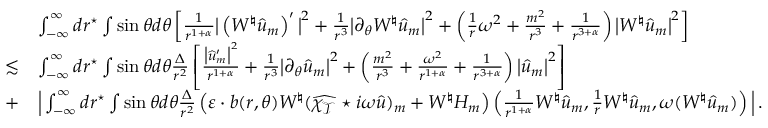
\begin{array} { r l } & { \int _ { - \infty } ^ { \infty } d r ^ { \star } \int \sin \theta d \theta \left[ \frac { 1 } { r ^ { 1 + \alpha } } \big | \left( W ^ { \natural } \widehat { u } _ { m } \right) ^ { \prime } \big | ^ { 2 } + \frac { 1 } { r ^ { 3 } } \big | \partial _ { \theta } W ^ { \natural } \widehat { u } _ { m } \big | ^ { 2 } + \left( \frac { 1 } { r } \omega ^ { 2 } + \frac { m ^ { 2 } } { r ^ { 3 } } + \frac { 1 } { r ^ { 3 + \alpha } } \right) \big | W ^ { \natural } \widehat { u } _ { m } \big | ^ { 2 } \right] } \\ { \lesssim } & { \int _ { - \infty } ^ { \infty } d r ^ { \star } \int \sin \theta d \theta \frac { \Delta } { r ^ { 2 } } \left[ \frac { \big | \widehat { u } _ { m } ^ { \prime } \big | ^ { 2 } } { r ^ { 1 + \alpha } } + \frac { 1 } { r ^ { 3 } } \big | \partial _ { \theta } \widehat { u } _ { m } \big | ^ { 2 } + \left( \frac { m ^ { 2 } } { r ^ { 3 } } + \frac { \omega ^ { 2 } } { r ^ { 1 + \alpha } } + \frac { 1 } { r ^ { 3 + \alpha } } \right) \big | \widehat { u } _ { m } \big | ^ { 2 } \right] } \\ { + } & { \Big | \int _ { - \infty } ^ { \infty } d r ^ { \star } \int \sin \theta d \theta \frac { \Delta } { r ^ { 2 } } \left( \varepsilon \cdot b ( r , \theta ) W ^ { \natural } ( \widehat { \chi _ { \mathcal { T } } } \star i \omega \widehat { u } ) _ { m } + W ^ { \natural } H _ { m } \right) \left( \frac { 1 } { r ^ { 1 + \alpha } } W ^ { \natural } \widehat { u } _ { m } , \frac { 1 } { r } W ^ { \natural } \widehat { u } _ { m } , \omega ( W ^ { \natural } \widehat { u } _ { m } ) \right) \Big | \, . } \end{array}